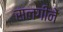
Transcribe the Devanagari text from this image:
सलगीनें